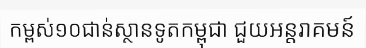
កម្ពស់១០ជាន់ស្ថានទូតកម្ពុជា ជួយអន្តរាគមន៍